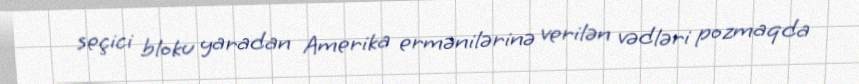
seçici bloku yaradan Amerika ermənilərinə verilən vədləri pozmaqda